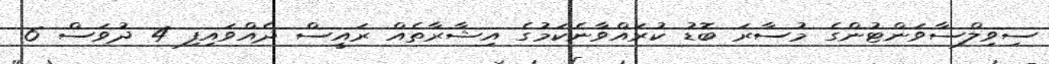
ސިވިލްސާވަންޓުންގެ މުސާރަ ބޮޑު ކުރައްވާނެކަމުގެ އިޝާރާތެއް ރައީސް ދެއްވައިފި 4 ދުވަސް 6